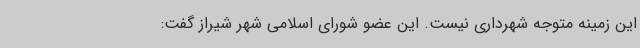
این زمینه متوجه شهرداری نیست. این عضو شورای اسلامی شهر شیراز گفت: